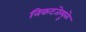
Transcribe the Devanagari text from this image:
निकटतेमुळे